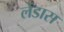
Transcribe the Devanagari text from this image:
लेंडास